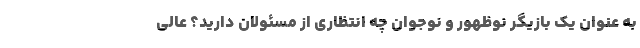
به عنوان یک بازیگر نوظهور و نوجوان چه انتظاری از مسئولان دارید؟ عالی